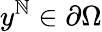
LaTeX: y^{\mathbb{N}}\in\partial\Omega